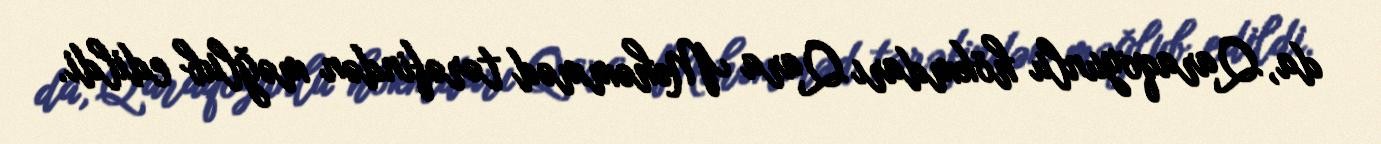
da, Qaraqoyunlu hökmdarı Qara Məhəmməd tərəfindən məğlub edildi.